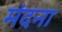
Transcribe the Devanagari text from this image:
मंदना